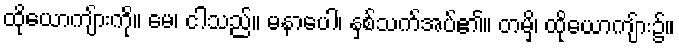
ထိုယောကျ်ားကို။ မေ၊ ငါသည်။ မနာပေါ၊ နှစ်သက်အပ်၏။ တမှိ၊ ထိုယောကျ်ား၌။